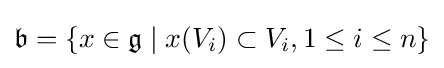
{\mathfrak {b}}=\{x\in {\mathfrak {g}}\mid x(V_{i})\subset V_{i},1\leq i\leq n\}